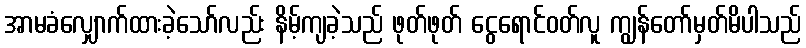
အာမခံလျှောက်ထားခဲ့သော်လည်း နိမ့်ကျခဲ့သည် ဖုတ်ဖုတ် ငွေရောင်ဝတ်လူ ကျွန်တော်မှတ်မိပါသည်